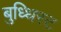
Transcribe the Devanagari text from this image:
बुध्धिस्ट